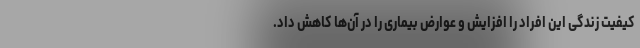
کیفیت زندگی این افراد را افزایش و عوارض بیماری را در آن‌ها کاهش داد.